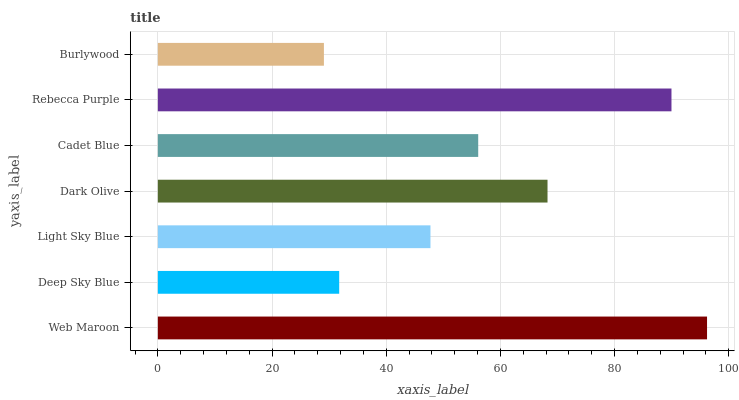
| yaxis_label | bars |
 | --- | --- |
 | Web Maroon | 96.2 |
 | Deep Sky Blue | 31.8 |
 | Light Sky Blue | 47.8 |
 | Dark Olive | 68.3 |
 | Cadet Blue | 56.1 |
 | Rebecca Purple | 90 |
 | Burlywood | 29.1 |